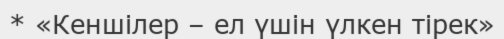
* «Кеншілер – ел үшін үлкен тірек»